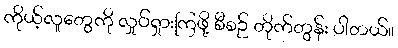
ကိုယ့်လူတွေကို လှုပ်ရှားကြဖို့ စီစဉ် တိုက်တွန်း ပါတယ်။